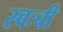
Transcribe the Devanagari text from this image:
स्वःची